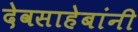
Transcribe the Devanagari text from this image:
देवसाहेबांनी